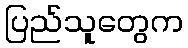
ပြည်သူတွေက